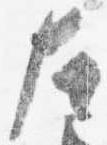
左